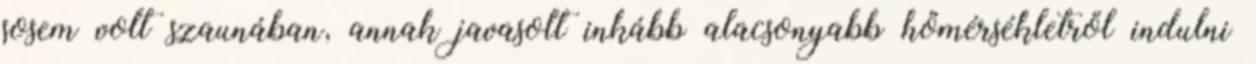
sosem volt szaunában, annak javasolt inkább alacsonyabb hőmérsékletről indulni